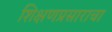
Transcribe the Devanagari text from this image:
शिक्षणप्रसाराचा